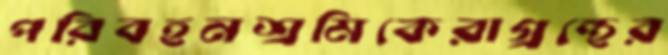
পরিবহনশ্রমিকেরাগ্রন্থের